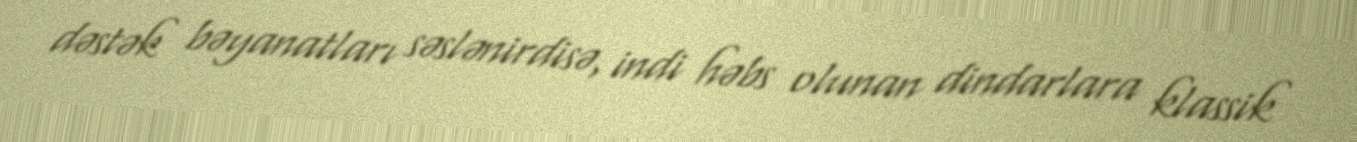
dəstək bəyanatları səslənirdisə, indi həbs olunan dindarlara klassik